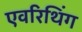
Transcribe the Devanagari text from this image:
एवरिथिंग